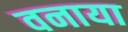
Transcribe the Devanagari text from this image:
वनाया